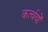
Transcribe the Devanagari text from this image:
कर्त्वयों